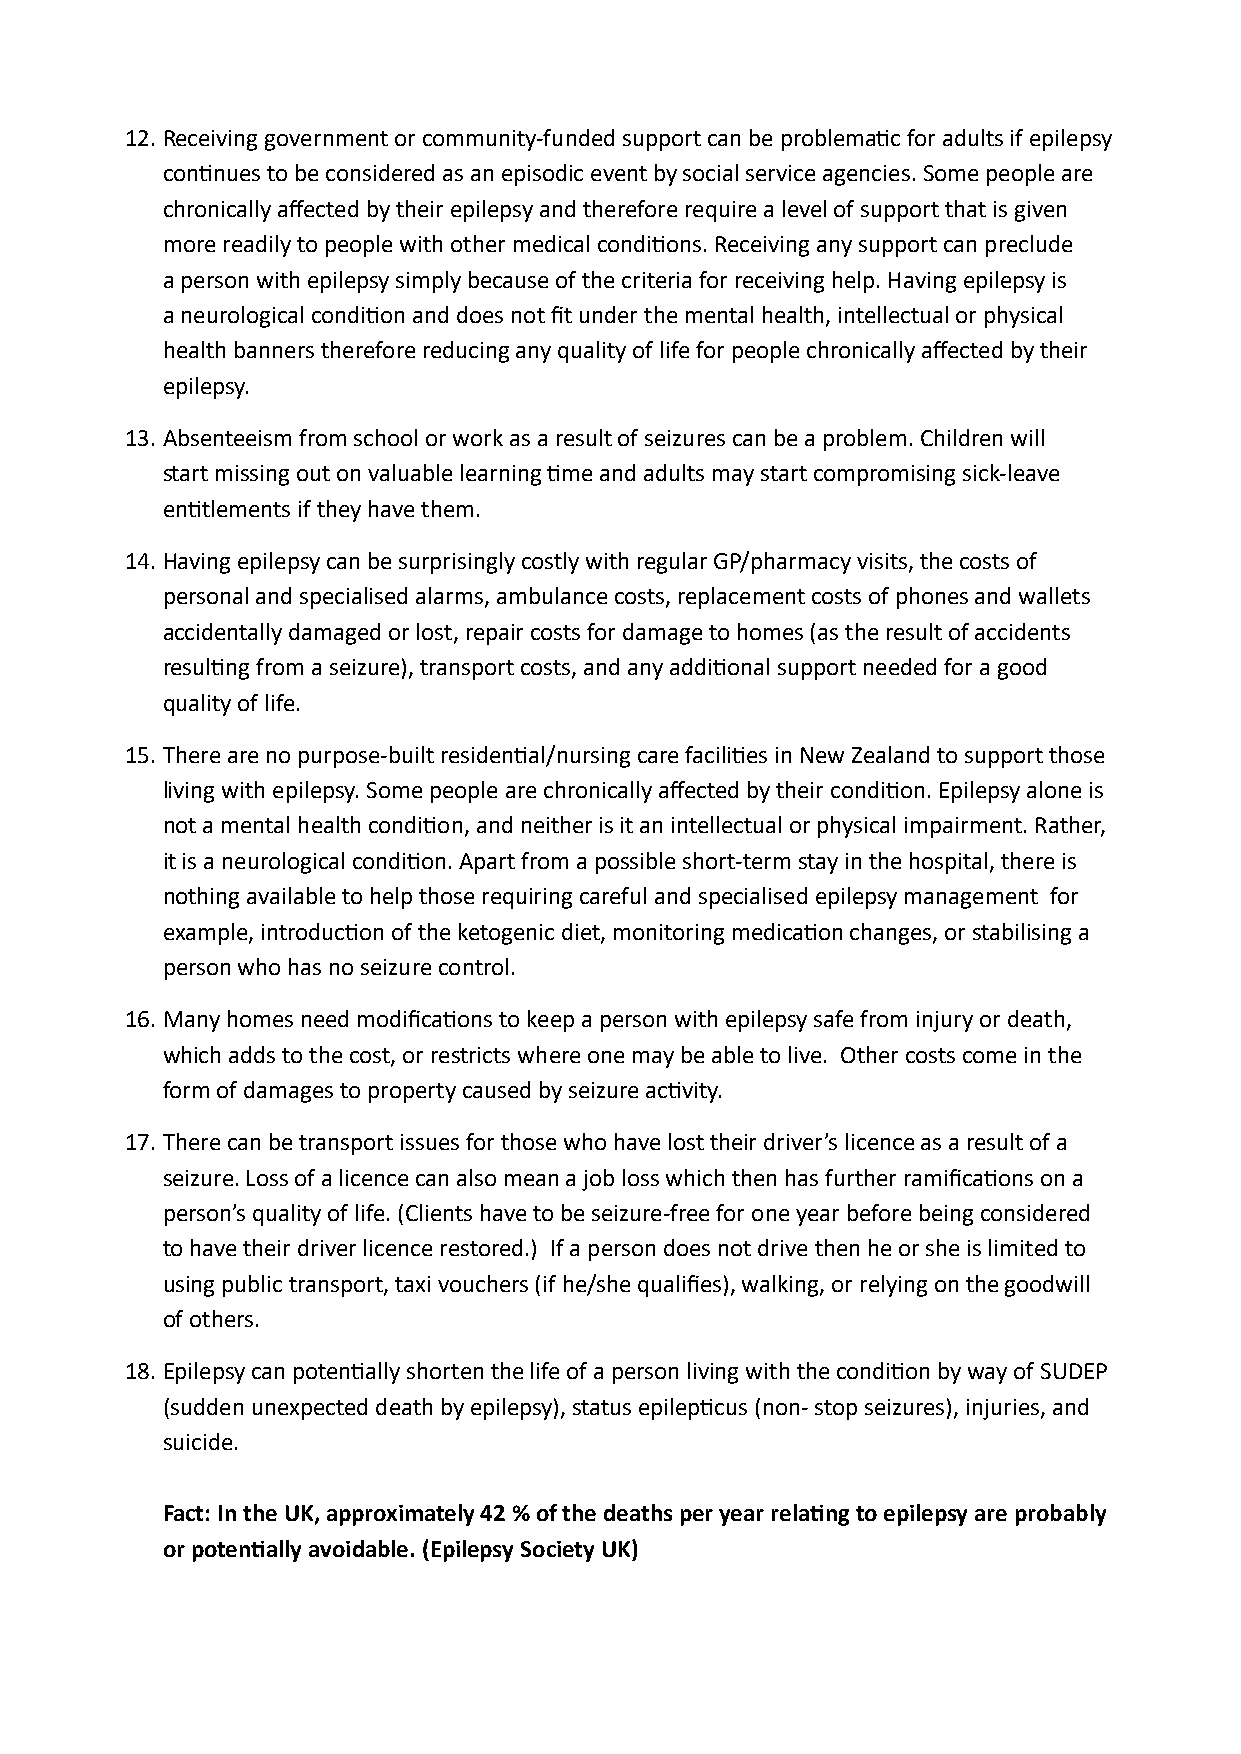
12. Receiving government or community-funded support can be problematic for adults if epilepsy
 continues to be considered as an episodic event by social service agencies. Some people are
 chronically affected by their epilepsy and therefore require a level of support that is given
 more readily to people with other medical conditions. Receiving any support can preclude
 a person with epilepsy simply because of the criteria for receiving help. Having epilepsy is
 a neurological condition and does not fit under the mental health, intellectual or physical
 health banners therefore reducing any quality of life for people chronically affected by their
 epilepsy.
 13. Absenteeism from school or work as a result of seizures can be a problem. Children will
 start missing out on valuable learning time and adults may start compromising sick-leave
 entitlements if they have them.
 14. Having epilepsy can be surprisingly costly with regular GP/pharmacy visits, the costs of
 personal and specialised alarms, ambulance costs, replacement costs of phones and wallets
 accidentally damaged or lost, repair costs for damage to homes (as the result of accidents
 resulting from a seizure), transport costs, and any additional support needed for a good
 quality of life.
 15. There are no purpose-built residential/nursing care facilities in New Zealand to support those
 living with epilepsy. Some people are chronically affected by their condition. Epilepsy alone is
 not a mental health condition, and neither is it an intellectual or physical impairment. Rather,
 it is a neurological condition. Apart from a possible short-term stay in the hospital, there is
 nothing available to help those requiring careful and specialised epilepsy management for
 example, introduction of the ketogenic diet, monitoring medication changes, or stabilising a
 person who has no seizure control.
 16. Many homes need modifications to keep a person with epilepsy safe from injury or death,
 which adds to the cost, or restricts where one may be able to live. Other costs come in the
 form of damages to property caused by seizure activity.
 17. There can be transport issues for those who have lost their driver’s licence as a result of a
 seizure. Loss of a licence can also mean a job loss which then has further ramifications on a
 person’s quality of life. (Clients have to be seizure-free for one year before being considered
 to have their driver licence restored.) If a person does not drive then he or she is limited to
 using public transport, taxi vouchers (if he/she qualifies), walking, or relying on the goodwill
 of others.
 18. Epilepsy can potentially shorten the life of a person living with the condition by way of SUDEP
 (sudden unexpected death by epilepsy), status epilepticus (non- stop seizures), injuries, and
 suicide.
 Fact: In the UK, approximately 42 % of the deaths per year relating to epilepsy are probably
 or potentially avoidable. (Epilepsy Society UK)